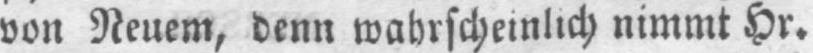
von Neuem, denn wahrscheinlich nimmt Hr.